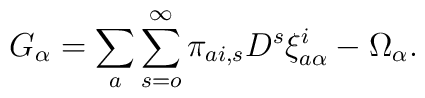
G_{\alpha}=\sum _{a}\sum _{s=o}^{\infty}\pi _{ai,s}D^{s}\xi ^{i}_{a\alpha}-\Omega _{\alpha} .